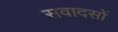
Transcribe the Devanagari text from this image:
सवादसों